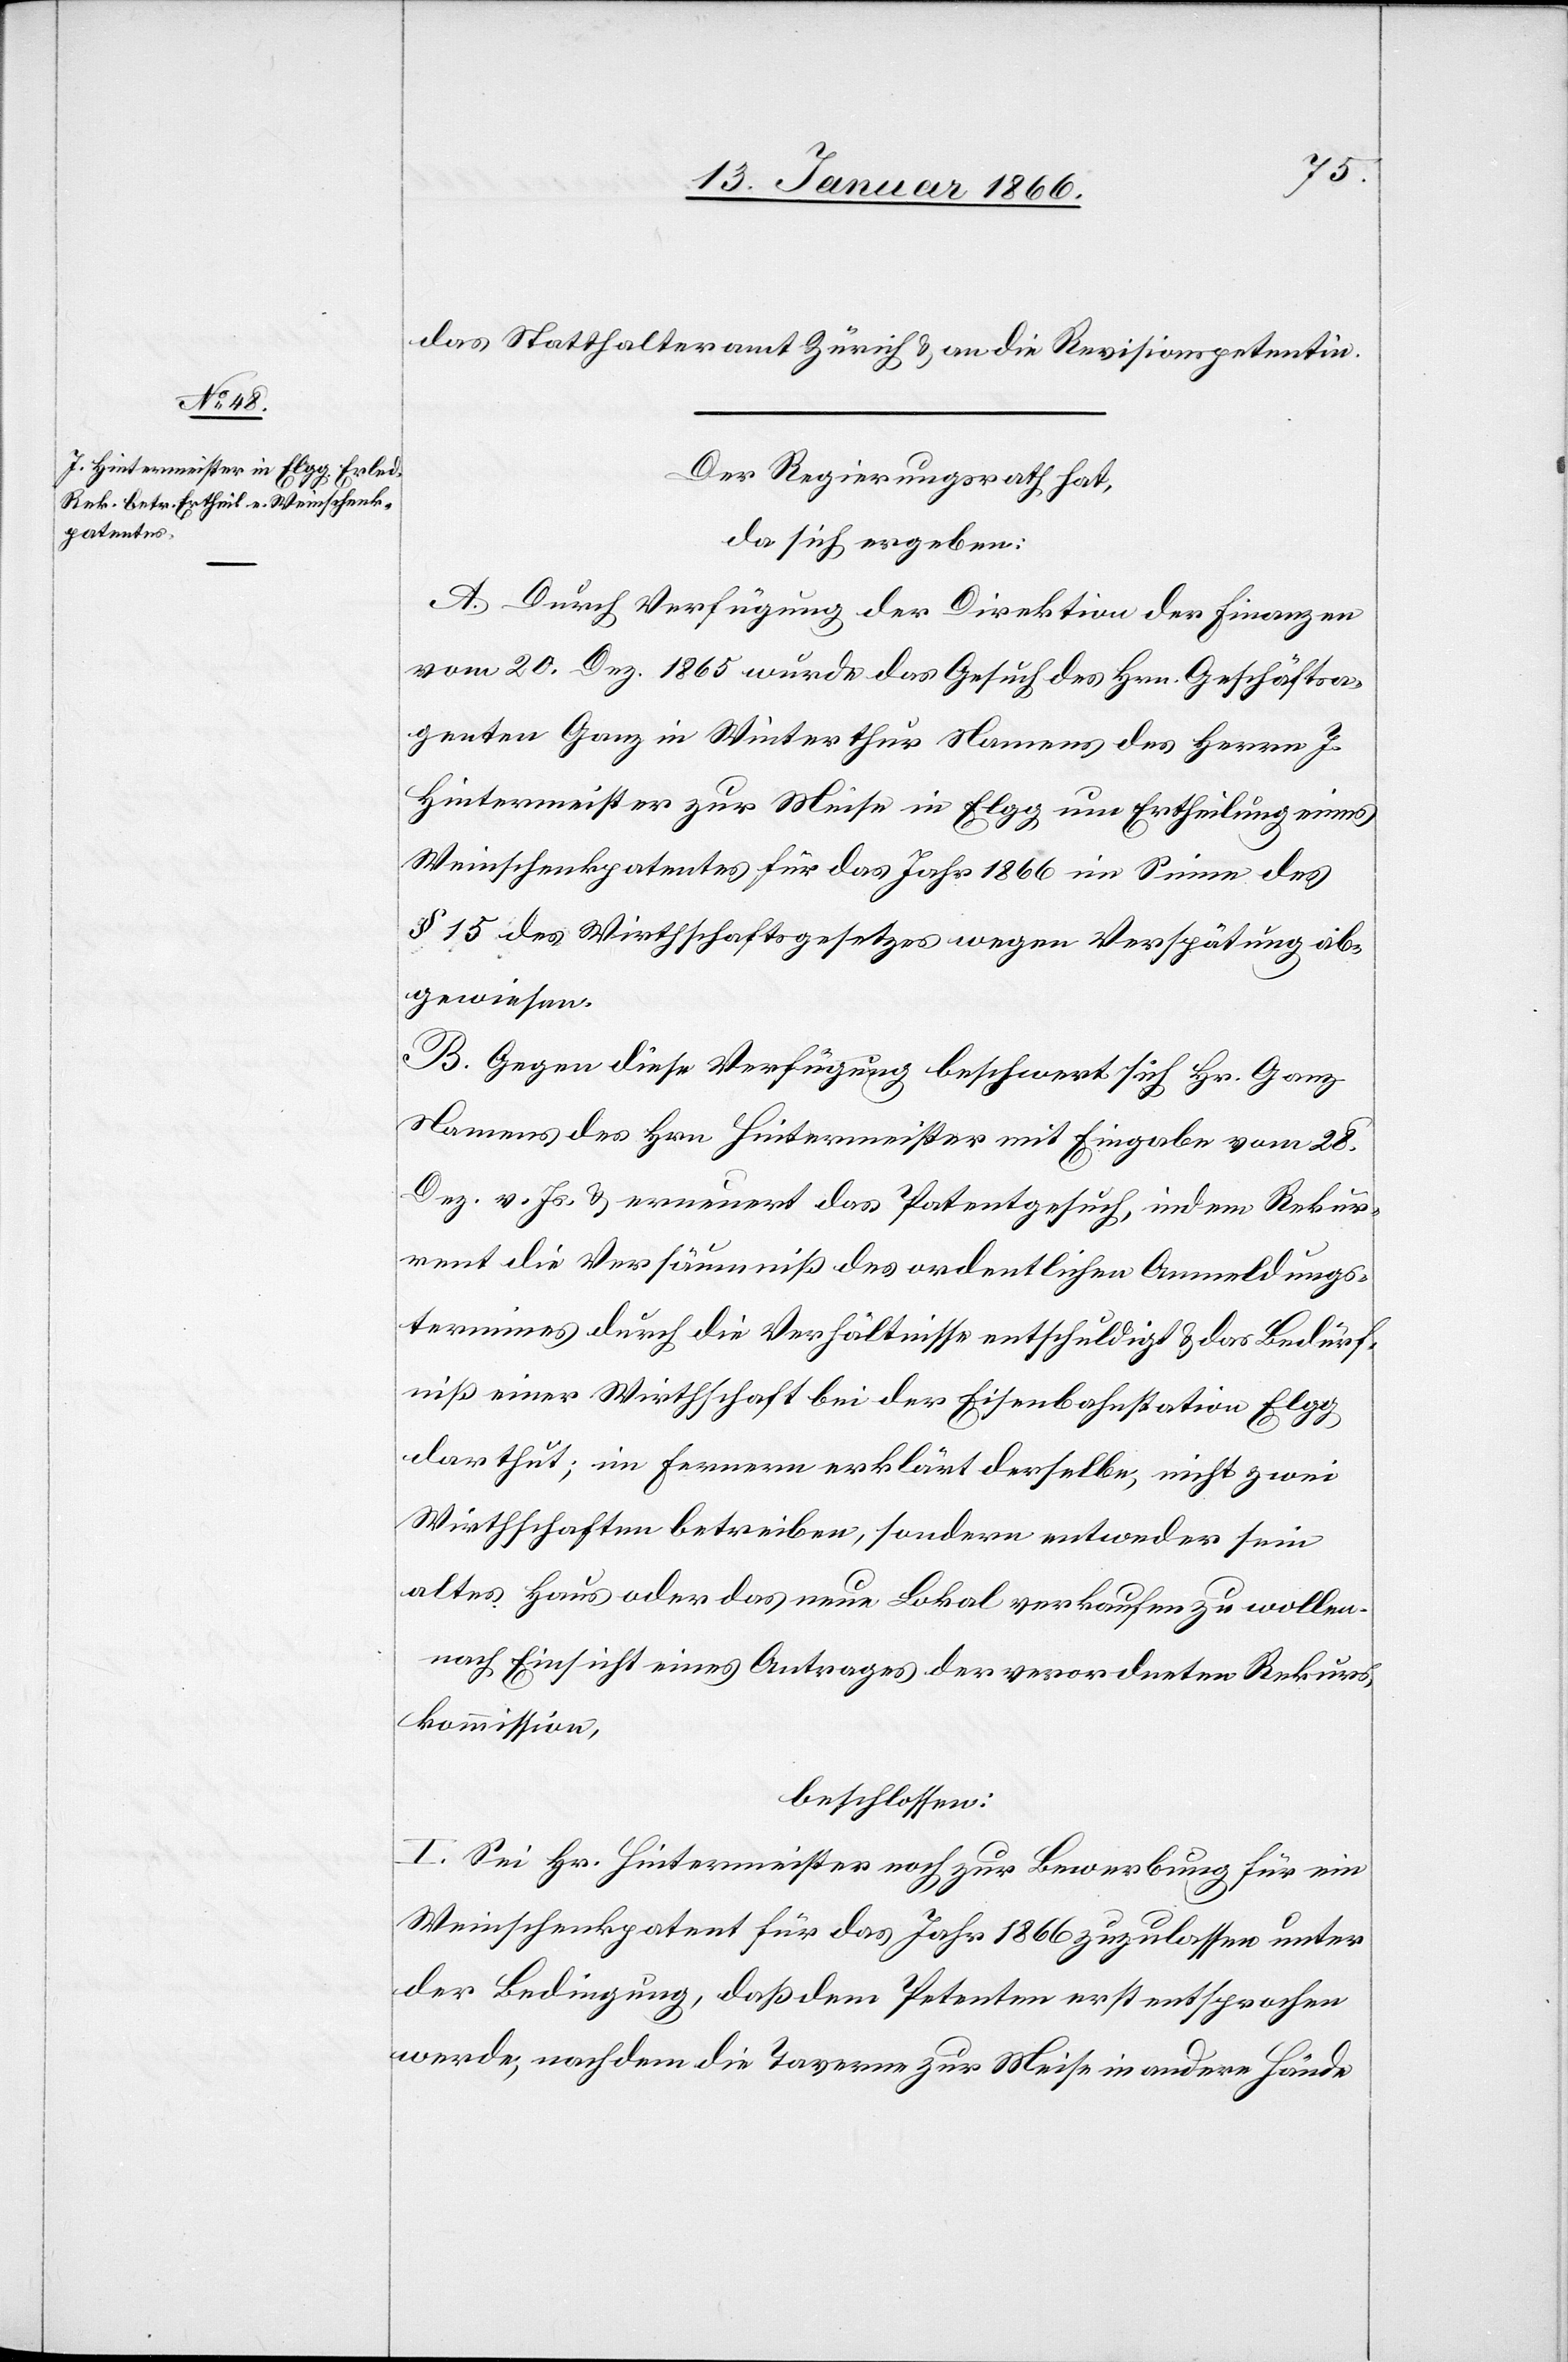
das Statthalteramt Zürich u. an die Revisionspetentin.
Der Regierungsrath hat,
da sich ergeben:
A. Durch Verfügung der Direktion der Finanzen
vom 20. Dez. 1865 wurde das Gesuch des Hrn. Geschäftsa¬
genten Ganz in Winterthur Namens des Herrn J.
Hintermeister zur Meise in Elgg um Ertheilung eines
Weinschenkpatentes für das Jahr 1866 im Sinne des
§ 15 des Wirthschaftsgesetzes wegen Verspätung ab¬
gewiesen.
B. Gegen diese Verfügung beschwert sich Hr. Ganz
Namens des Hrn Hintermeister mit Eingabe vom 28.
Dez. v. Js. u. erneuert das Patentgesuch, indem Rekur¬
rent die Versäumniß des ordentlichen Anmeldungs¬
termines durch die Verhältnisse entschuldigt u. das Bedürf¬
niß einer Wirthschaft bei der Eisenbahnstation Elgg
darthut; im fernern erklärt derselbe, nicht zwei
Wirthschaften betreiben, sondern entweder sein
altes Haus oder das neue Lokal verkaufen zu wollen.
nach Einsicht eines Antrages der verordneten Rekurs¬
kommission,
beschlossen:
I. Sei Hr. Hintermeister noch zur Bewerbung für ein
Weinschenkpatent für das Jahr 1866 zuzulassen unter
der Bedingung, daß dem Petenten erst entsprochen
werde, nachdem die Taverne zur Meise in andere Hände